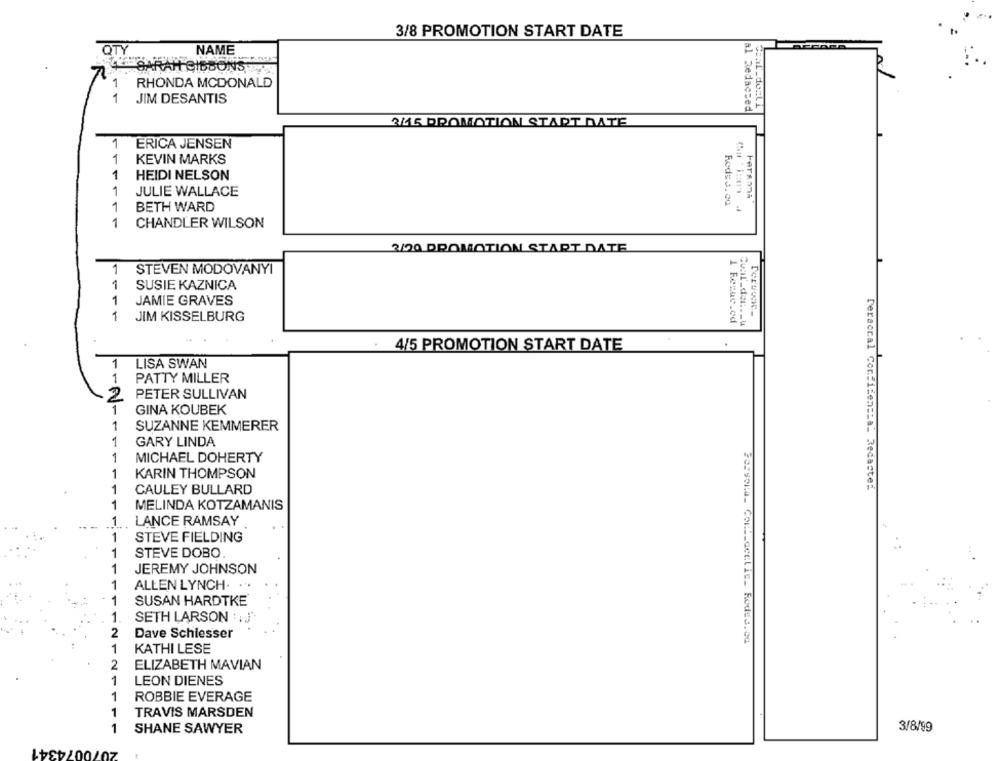
3/8 PROMOTION START DATE
QTY
NAME
RAH GIBBONS
RHONDA MCDONALD
1
JIM DESANTIS
al Redacced
3/15 PROMOTION START DATE
ERICA JENSEN
1
KEVIN MARKS
1
HEIDI NELSON
1
JULIE WALLACE
1
BETH WARD
1
CHANDLER WILSON
3/20 DROMOTION START DATE
1
STEVEN MODOVANYI
SUSIE KAZNICA
1
JAMIE GRAVES
1
JIM KISSELBURG
1 Recuc.ed
Cual_der :._ u
4/5 PROMOTION START DATE
1
LISA SWAN
1
PATTY MILLER
PETER SULLIVAN
2
1
GINA KOUBEK
1
SUZANNE KEMMERER
1
GARY LINDA
1
MICHAEL DOHERTY
1
KARIN THOMPSON
Deraccal Confidencial Redaste:
1
CAULEY BULLARD
1
MELINDA KOTZAMANIS
1
LANCE RAMSAY
1
STEVE FIELDING
1
STEVE DOBO
1
JEREMY JOHNSON
1
ALLEN LYNCH.
1
SUSAN HARDTKE
1.
SETH LARSON :. J'
2
Dave Schiesser
1
KATHI LESE
2
ELIZABETH MAVIAN
1
LEON DIENES
1
ROBBIE EVERAGE
1
TRAVIS MARSDEN
1
SHANE SAWYER
3/8/99